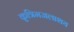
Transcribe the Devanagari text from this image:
कृत्रिमजलाशय